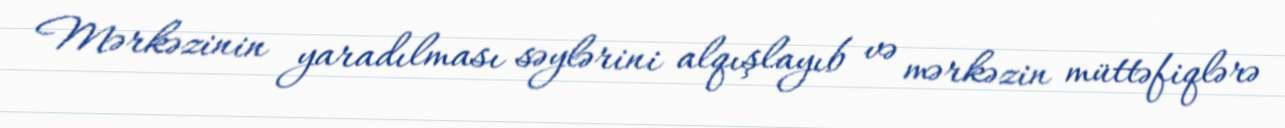
Mərkəzinin yaradılması səylərini alqışlayıb və mərkəzin müttəfiqlərə